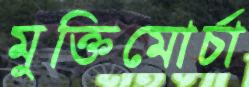
মুক্তিমোর্চা